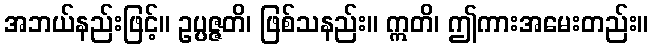
အဘယ်နည်းဖြင့်။ ဥပ္ပဇ္ဇတိ၊ ဖြစ်သနည်း။ ဣတိ၊ ဤကားအမေးတည်း။